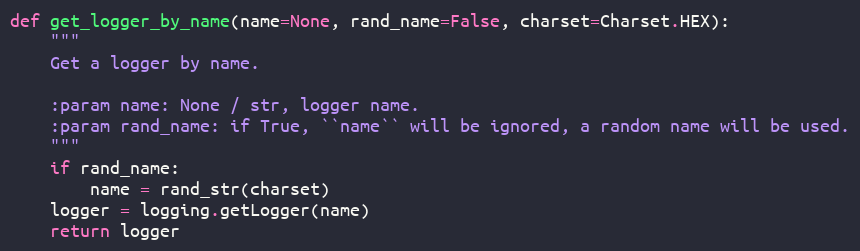
Language: Python
def get_logger_by_name(name=None, rand_name=False, charset=Charset.HEX):
    """
    Get a logger by name.

    :param name: None / str, logger name.
    :param rand_name: if True, ``name`` will be ignored, a random name will be used.
    """
    if rand_name:
        name = rand_str(charset)
    logger = logging.getLogger(name)
    return logger